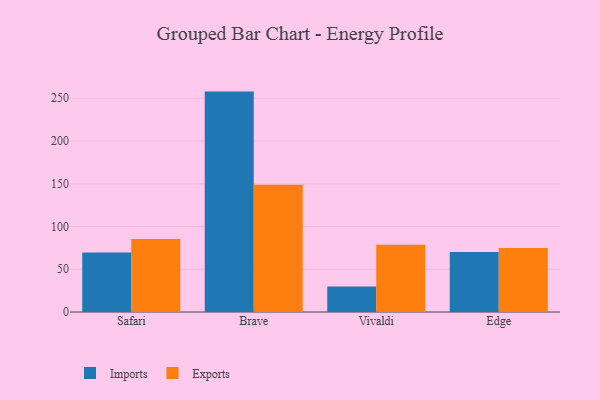
{"axis": {"x": "Browser", "y": "Temperature (°C)"}, "legend": ["Exports", "Imports"], "data": [{"x": "Safari", "y": 69.5, "type": "Imports"}, {"x": "Safari", "y": 85.3, "type": "Exports"}, {"x": "Brave", "y": 257.8, "type": "Imports"}, {"x": "Brave", "y": 148.9, "type": "Exports"}, {"x": "Vivaldi", "y": 29.7, "type": "Imports"}, {"x": "Vivaldi", "y": 78.8, "type": "Exports"}, {"x": "Edge", "y": 70.2, "type": "Imports"}, {"x": "Edge", "y": 74.8, "type": "Exports"}]}